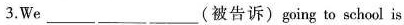
3.We___ ___ ___(被告诉)going to school is